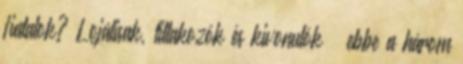
fiatalok? Lojálisak, tiltakozók és kivonulók – ebbe a három